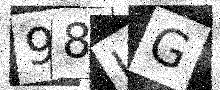
Text: 98JG